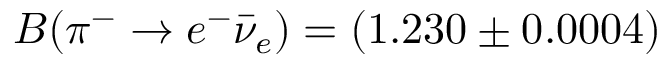
B ( \pi ^ { - } \to e ^ { - } \bar { \nu } _ { e } ) = ( 1 . 2 3 0 \pm 0 . 0 0 0 4 ) \